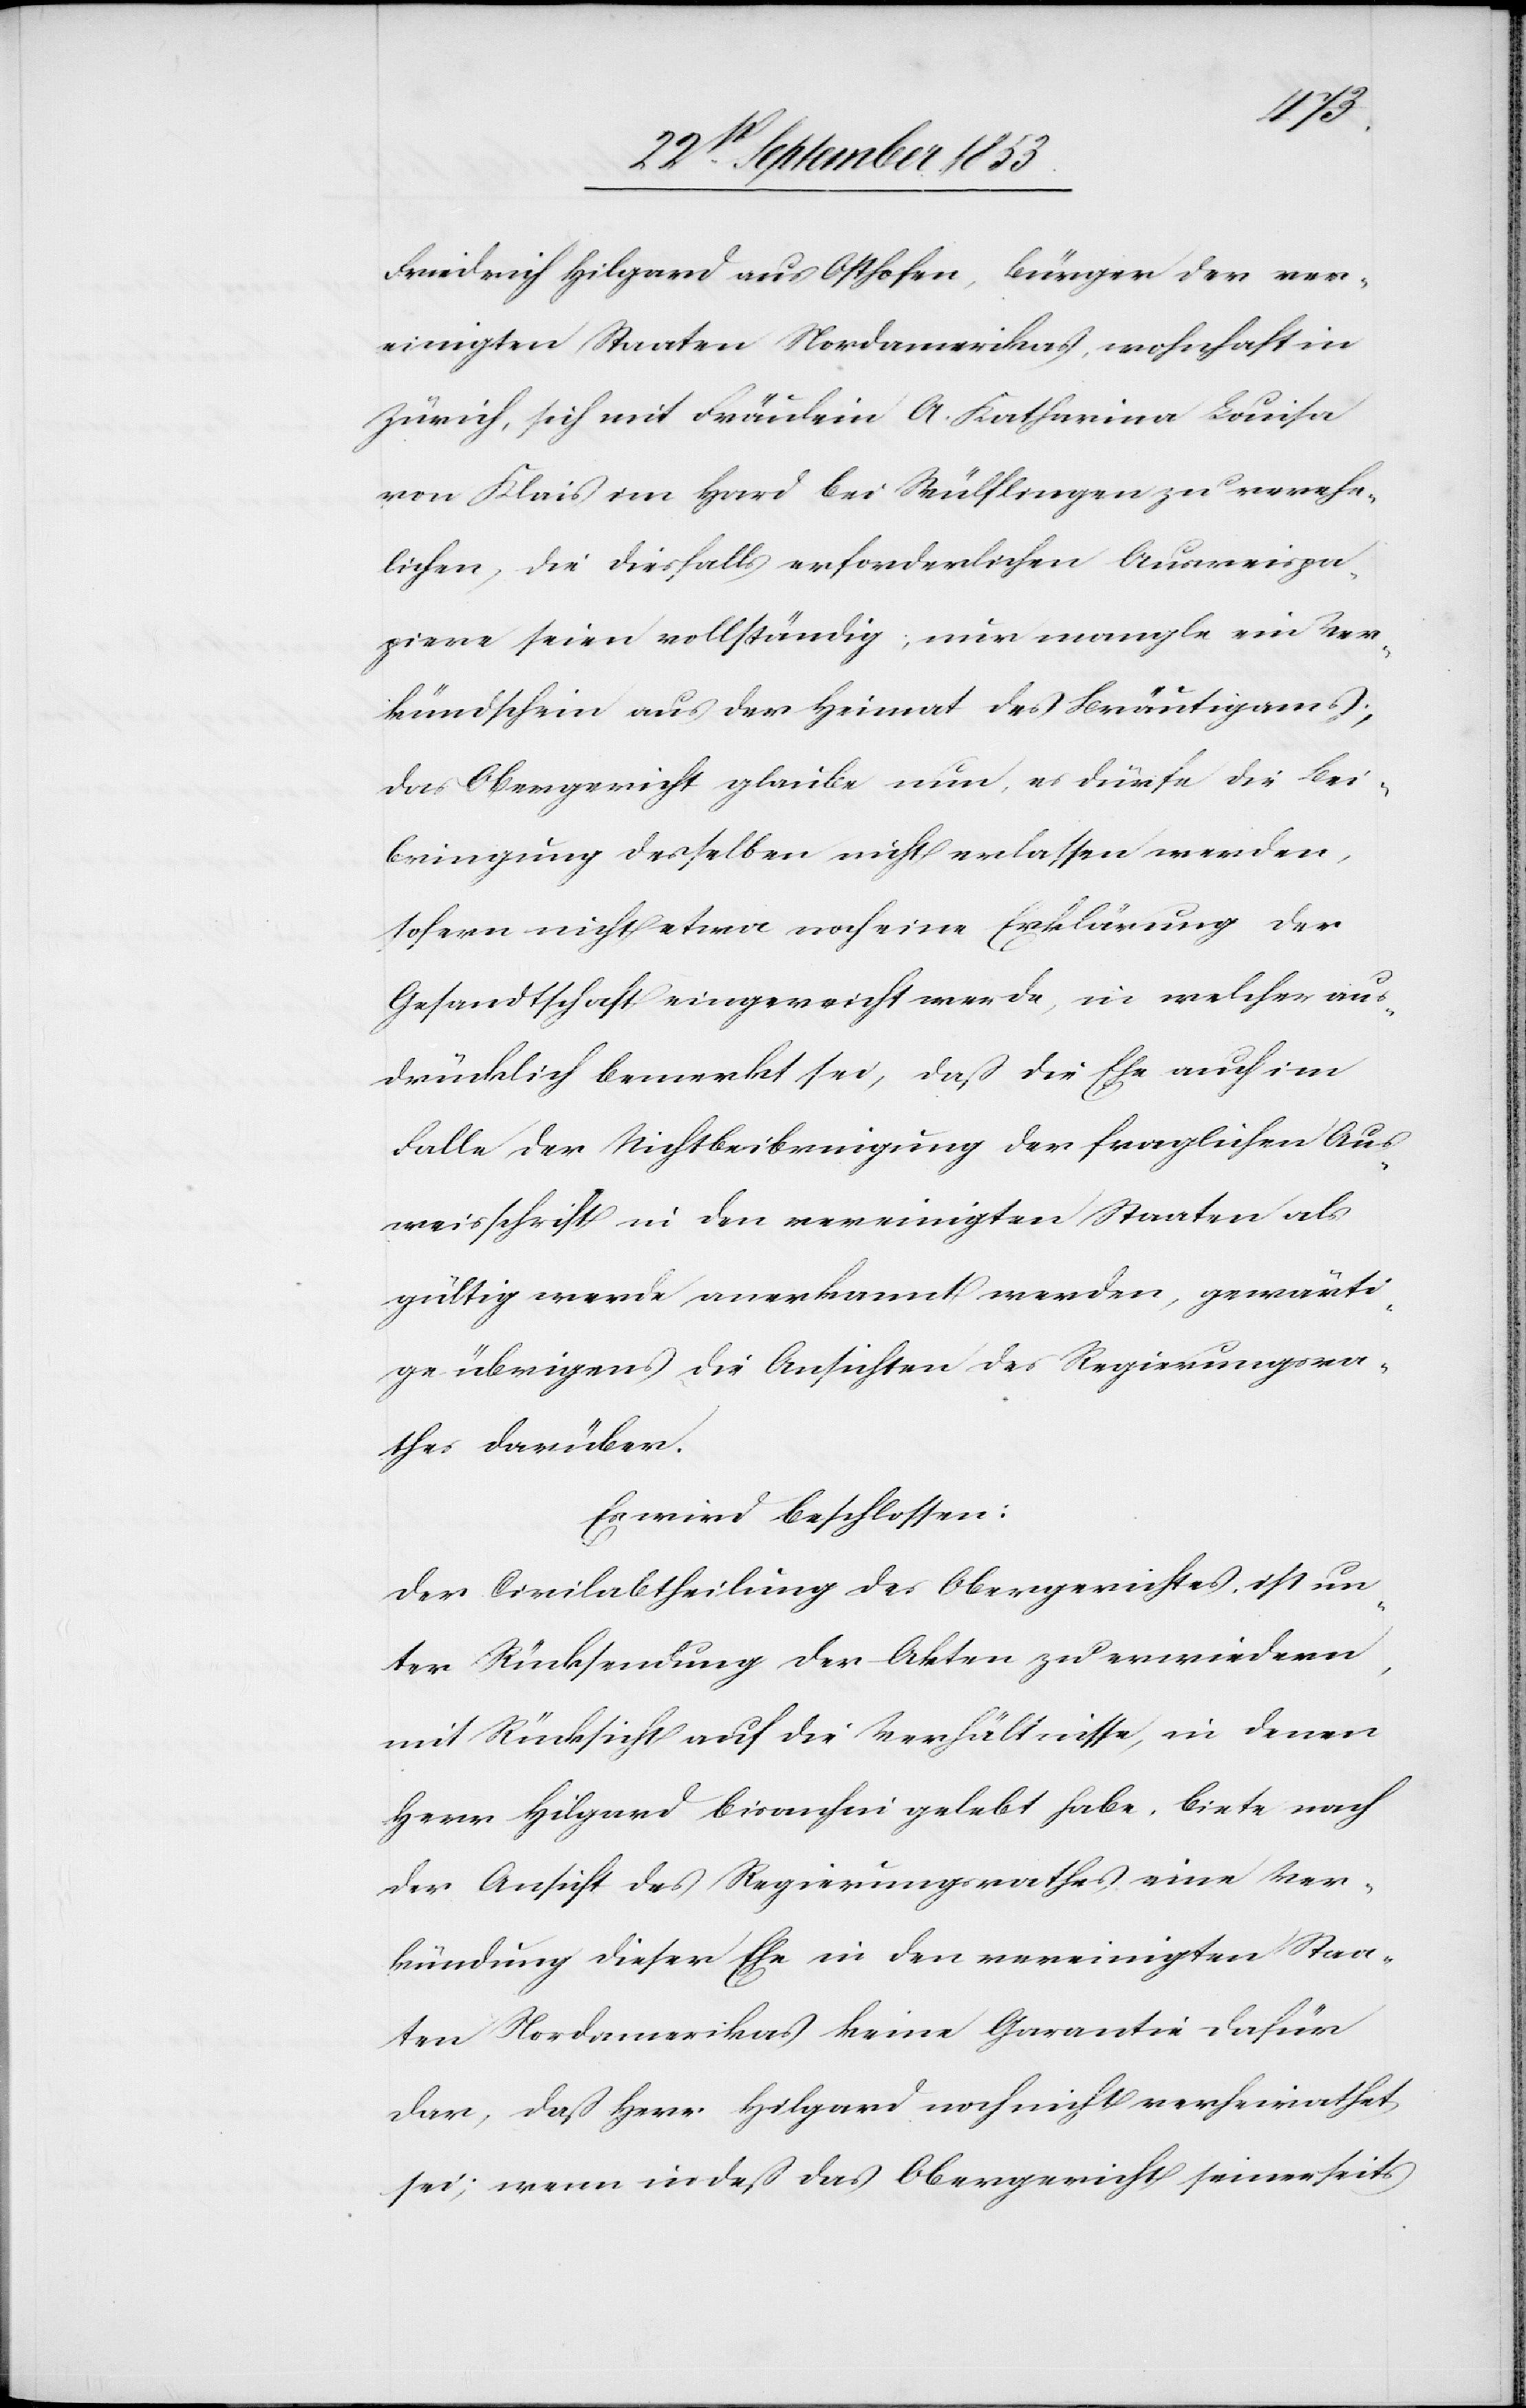
Friedrich Hilgard aus Osthofen, Bürger der ver¬
einigten Staaten Nordamerikas, wohnhaft in
Zürich, sich mit Fräulein A. Katharina Louisa
von Klais im Hard bei Wülflingen zu verehe¬
lichen, die diesfalls erforderlichen Ausweispa¬
piere seien vollständig, nur mangle ein Ver¬
kündschein aus der Heimat des Bräutigams;
das Obergericht glaube nun, es dürfe die Bei¬
bringung desselben nicht erlassen werden,
sofern nicht etwa noch eine Erklärung der
Gesandtschaft eingereicht werde, in welcher aus¬
drücklich bemerkt sei, daß die Ehe auch im
Falle der Nichtbeibringung der fraglichen Aus¬
weisschrift in den vereinigten Staaten als
gültig werde anerkannt werden, gewärti¬
ge übrigens die Ansichten des Regierungsra¬
thes darüber.
Es wird beschlossen:
Der Civilabtheilung des Obergerichtes ist un¬
ter Rücksendung der Akten zu erwiedern,
mit Rücksicht auf die Verhältnisse, in denen
Herr Hilgard bisanhin gelebt habe, biete nach
der Ansicht des Regierungsrathes eine Ver¬
kündung dieser Ehe in den vereinigten Staa¬
ten Nordamerikas keine Garantie dafür
dar, daß Herr Hilgard noch nicht verheirathet
sei; wenn indeß das Obergericht seinerseits